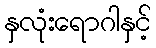
နှလုံးရောဂါနှင့်